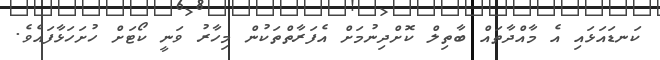
ކަނޑައަޅައި އެ މާއްދާތައް ބާތިލް ކޮށްދިނުމަށް އެފަރާތްތަކުން މިހާރު ވަނީ ކޯޓަށް ހުށަހަޅާފައެވެ.